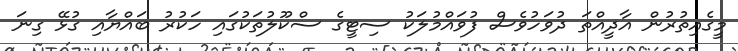
މީގެއިތުރުން އާދީއްތަ ދުވަހުވެސް ފުވައްމުލަކު ސިޓީގެ ސްކޫލުތަކުގައި ހަކުރު ބައްޔާއި ގުޅޭ ގިނަ